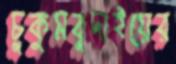
চুকুমবুদাইয়ের